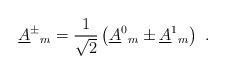
LaTeX: \begin{align*}\underline{A}^\pm {}_m=\frac{1}{\sqrt{2}}\left(\underline{A}^0{}_m\pm \underline{A}^1{}_m\right)\ .\end{align*}